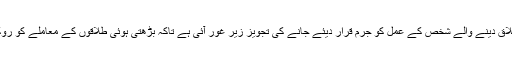
ذرائع نے ”خبر رساں ادارے“ کو بتایاکہ اجلاس میں تین اکٹھی طلاق دینے والے شخص کے عمل کو جرم قرار دیئے جانے کی تجویز زیر غور آئی ہے تاکہ بڑھتی ہوئی طلاقوں کے معاملے کو روکا جاسکے اور معاشرے میں ہونیوالے بگاڑ کو دور کیا جاسکے۔